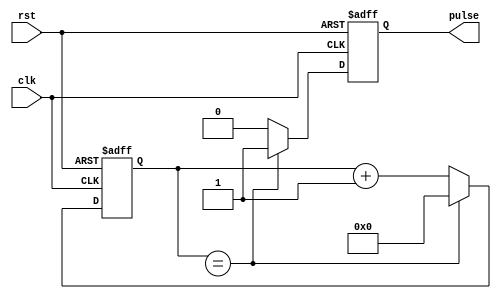
module pulse_generator (
    input wire clk,
    input wire rst,
    output reg pulse
);

reg [15:0] count;

always @(posedge clk or posedge rst) begin
    if (rst) begin
        count <= 0;
        pulse <= 0;
    end else begin
        if (count == desired_interval) begin
            count <= 0;
            pulse <= 1;
        end else begin
            count <= count + 1;
            pulse <= 0;
        end
    end
end

endmodule